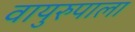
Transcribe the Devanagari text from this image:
वायुरुपाला